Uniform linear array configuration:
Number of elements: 4
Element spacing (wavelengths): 0.25
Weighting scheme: cosine
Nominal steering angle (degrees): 45
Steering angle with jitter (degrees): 45.543
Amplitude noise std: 0.05
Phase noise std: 0.05

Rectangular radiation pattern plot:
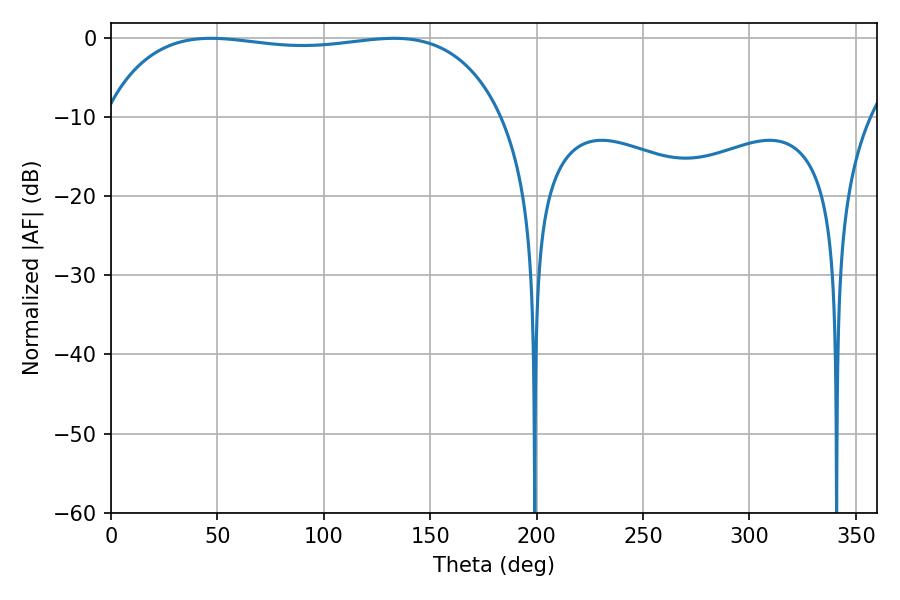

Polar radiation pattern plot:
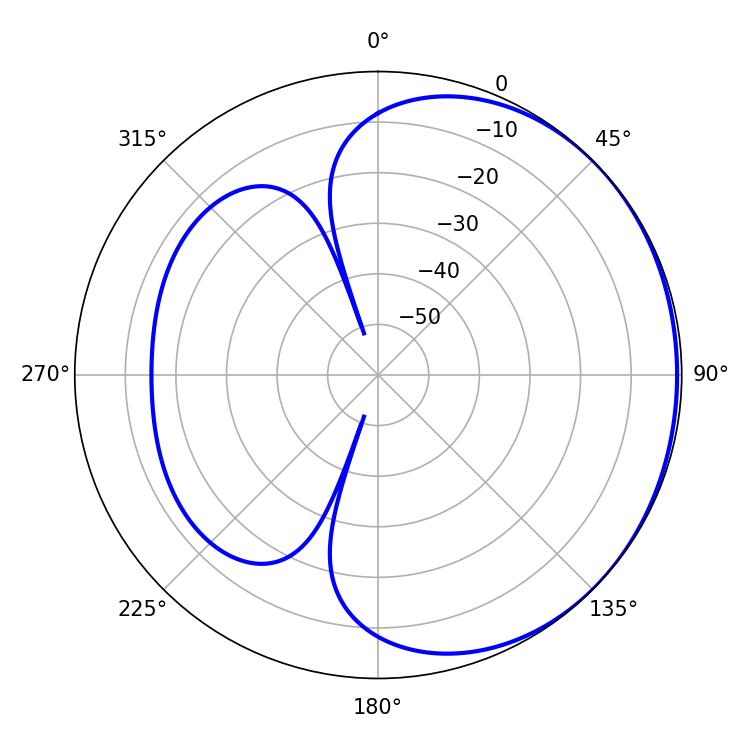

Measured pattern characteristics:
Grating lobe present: FALSE
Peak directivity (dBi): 0.797
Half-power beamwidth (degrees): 150.12
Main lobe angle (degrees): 46.98